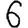
Digit: 6